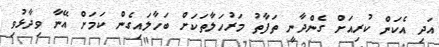
އަދި އެކަން ކުރިއަށް ގެންދާނީ ތަފާތު މަރުހަލާތަކަށް ބަހާލައިގެން ކަމަށް އޭނާ ވިދާޅުވި